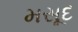
મસૂદ